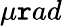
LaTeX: \mu\mathtt{r}ad